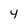
Character: 4